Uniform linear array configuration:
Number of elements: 48
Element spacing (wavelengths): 0.75
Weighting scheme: kaiser
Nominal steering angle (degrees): -45
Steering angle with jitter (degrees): -43.52
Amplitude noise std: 0.05
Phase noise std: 0.05

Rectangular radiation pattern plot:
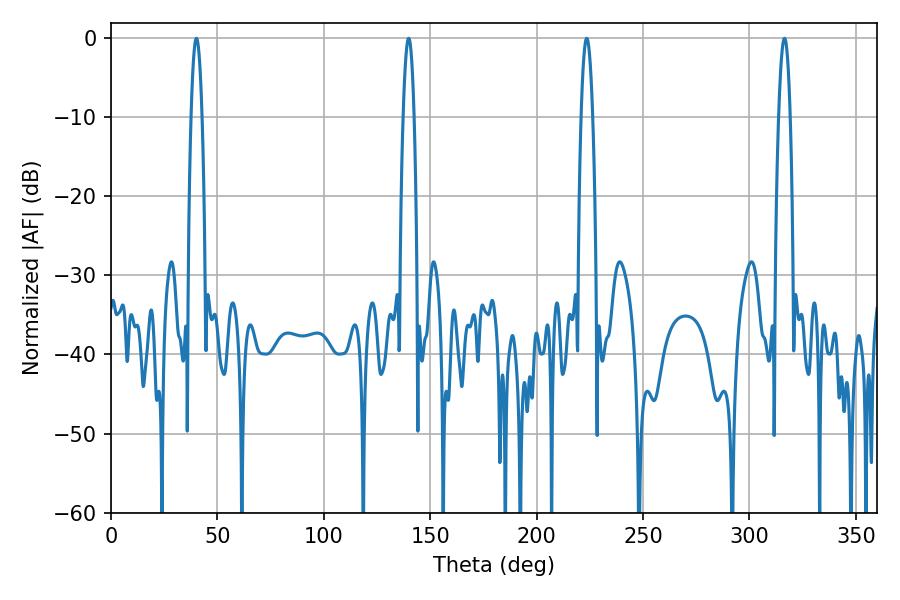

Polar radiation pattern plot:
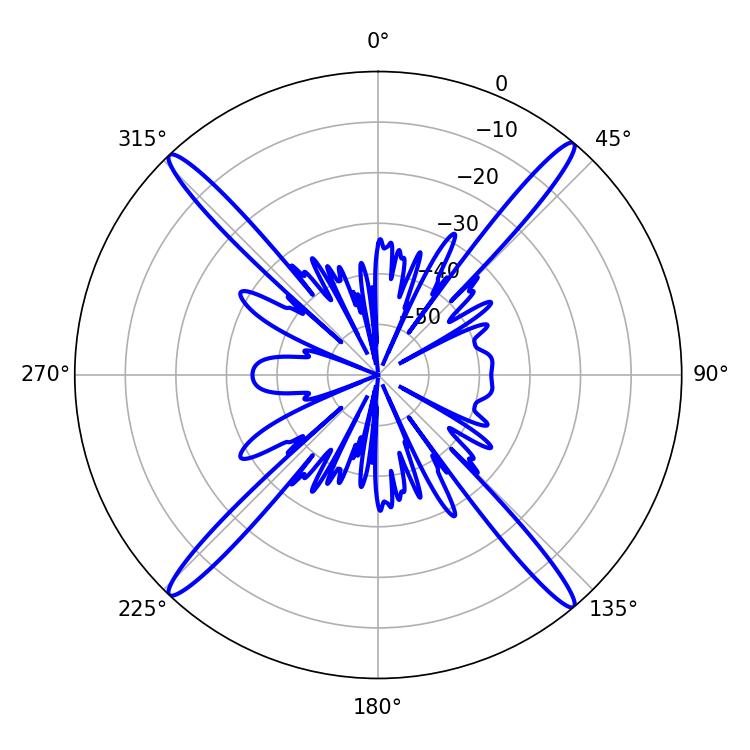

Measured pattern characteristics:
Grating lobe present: TRUE
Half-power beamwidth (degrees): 2.88
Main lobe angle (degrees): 40.14